Vaccine operations Central Provinces 1900-1911 - 1900-1911
Year: 1900
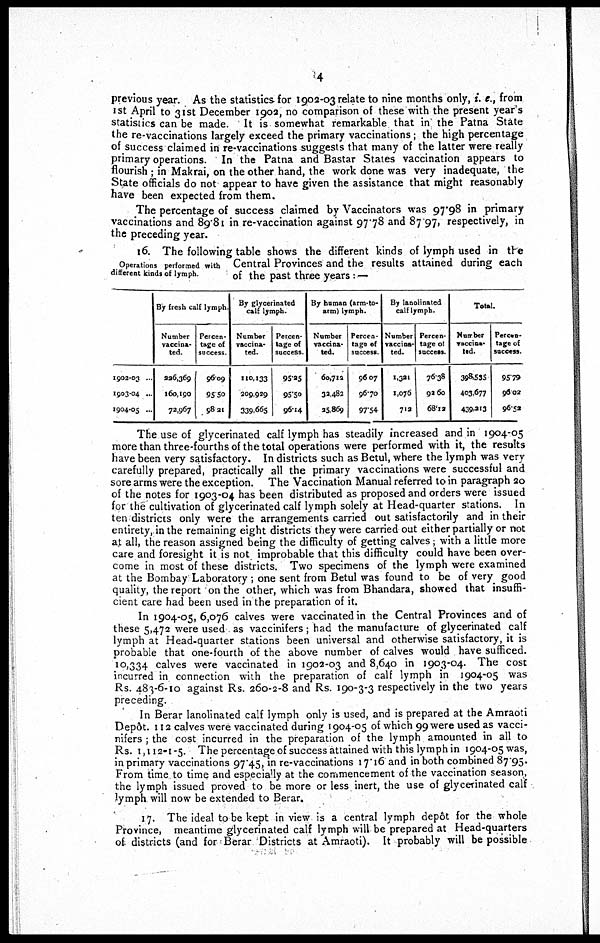
4
previous year. As the statistics for 1902-03 relate to nine months only, i. e., from
1st April to 31st December 1902, no comparison of these with the present year's
statistics can be made. It is somewhat remarkable that in the Patna State
the re-vaccinations largely exceed the primary vaccinations; the high percentage
of success claimed in re-vaccinations suggests that many of the latter were really
primary operations. In the Patna and Bastar States vaccination appears to
flourish ; in Makrai, on the other hand, the work done was very inadequate, the
State officials do not appear to have given the assistance that might reasonably
have been expected from them.
The percentage of success claimed by Vaccinators was 97.98 in primary
vaccinations and 89.81 in re-vaccination against 97.78 and 87 97, respectively, in
the preceding year.
Operations performed with
different kinds of lymph.
16. The following table shows the different kinds of lymph used in the
Central Provinces and the results attained during each
of the past three years: —
1902-03 ...
1903-04 ...
1904-05 ...
By fresh calf lymph.
Number
vaccina¬
ted.
926,369
160,190
72,967
Percen-
tage of
success
96.09
95.50
98.21
By glycerinated
calf lymph.
Number
vaccina¬
ted.
110,133
209,929
339,665
Percen-
tage of
success
95.25
95.50
96.14
By human (arm-to-
arm) lymph.
Number
vaccina-
ted.
60,713
32,482
25,869
Percen-
tage of
success.
96.07
96.70
97.54
By lanolinated
calf lymph.
Number
vaccina-
ted.
1,321
1,076
712
Percen¬
tage of
success.
76.38
92.60
68.13
Total.
Number
vaccina-
ted.
398,535
403,677
439,213
Percen¬
tage of
success.
95.79
96.02
96.52
The use of glycerinated calf lymph has steadily increased and in 1904-05
more than three-fourths of the total operations were performed with it, the results
have been very satisfactory. In districts such as Betul, where the lymph was very
carefully prepared, practically all the primary vaccinations were successful and
sore arms were the exception. The Vaccination Manual referred to in paragraph 20
of the notes for 1903-04 has been distributed as proposed and orders were issued
for the cultivation of glycerinated calf lymph solely at Head-quarter stations. In
ten districts only were the arrangements carried out satisfactorily and in their
entirety, in the remaining eight districts they were carried out either partially or not
at all, the reason assigned being the difficulty of getting calves; with a little more
care and foresight it is not improbable that this difficulty could have been over-
come in most of these districts. Two specimens of the lymph were examined
at the Bombay Laboratory ; one sent from Betul was found to be of very good
quality, the report on the other, which was from Bhandara, showed that insuffi-
cient care had been used in the preparation of it.
In 1904-05, 6,076 calves were vaccinated in the Central Provinces and of
these 5,472 were used as vaccinifers; had the manufacture of glycerinated calf
lymph at Head-quarter stations been universal and otherwise satisfactory, it is
probable that one-fourth of the above number of calves would have sufficed.
10,334 calves were vaccinated in 1902-03 and 8,640 in 1903-04. The cost
incurred in connection with the preparation of calf lymph in 1904-05 was
Rs. 483-6-10 against Rs. 260-2-8 and Rs. 190-3-3 respectively in the two years
preceding.
In Berar lanolinated calf lymph only is used, and is prepared at the Amraoti
Depôt. 112 calves were vaccinated during 1904-05 of which 99 were used as vacci-
nifers ; the cost incurred in the preparation of the lymph amounted in all to
Rs. 1,112-1-5. The percentage of success attained with this lymph in 1904-05 was,
in primary vaccinations 97.45, in re-vaccinations 17.16 and in both combined 87.95.
From time to time and especially at the commencement of the vaccination season,
the lymph issued proved to be more or less inert, the use of glycerinated calf
lymph will now be extended to Berar.
17. The ideal to be kept in view is a central lymph depôt for the whole
Province, meantime glycerinated calf lymph will be prepared at Head-quarters
of districts (and for Berar Districts at Amraoti). It probably will be possible